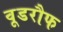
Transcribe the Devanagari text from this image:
वूडरौफ